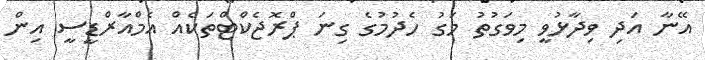
އޭނާ އަދި ވިދާޅުވީ މިވަގުތު މަގު ހެދުމުގެ ގިނަ ޕްރޮޖެކްޓްތަކެއް އެމްއާރްޑީސީ އިން